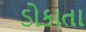
ડોકાતા